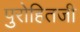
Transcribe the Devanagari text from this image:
पुरोहितजी